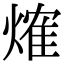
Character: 𤌍